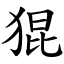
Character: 猑